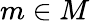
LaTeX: m\in M